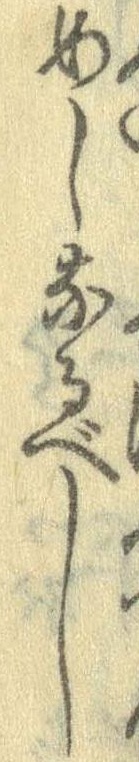
めしなるべし